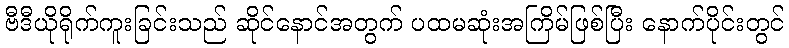
ဗီဒီယိုရိုက်ကူးခြင်းသည် ဆိုင်နောင်အတွက် ပထမဆုံးအကြိမ်ဖြစ်ပြီး နောက်ပိုင်းတွင်